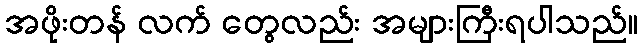
အဖိုးတန် လက် တွေလည်း အများကြီးရပါသည်။